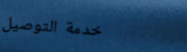
خدمة التوصيل